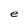
Character: e